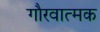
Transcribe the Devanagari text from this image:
गौरवात्मक